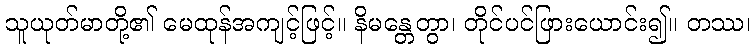
သူယုတ်မာတို့၏ မေထုန်အကျင့်ဖြင့်။ နိမန္တေတွာ၊ တိုင်ပင်ဖြားယောင်း၍။ တဿ၊